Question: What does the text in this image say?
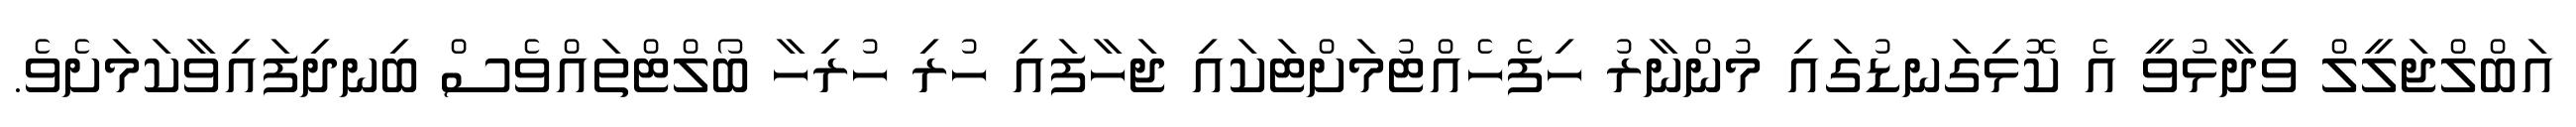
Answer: އަބްލްޖަލީލް ވިދާޅުވީ އެ ކޮޅިގަނޑުގައި މުންނާރު ހިފެހެއްޓުމަށްޓަކައި ޖަހާފައި ހުރި ހުރިހާ ބޯލްޓްތައްވެސް ބިނދިފައިވާކަމަށެވެ.